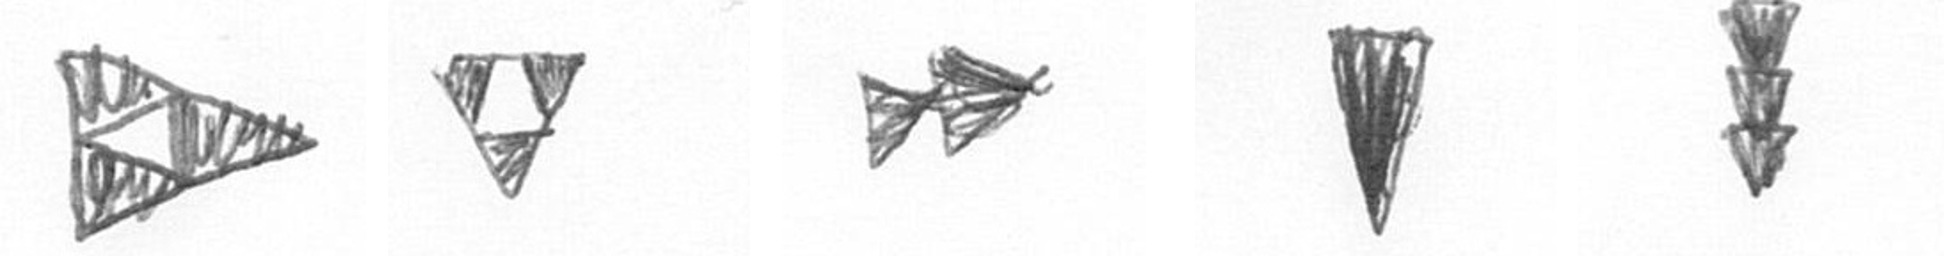
K S A J E